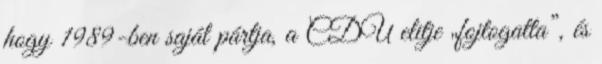
hogy 1989-ben saját pártja, a CDU elitje „fojtogatta”, és